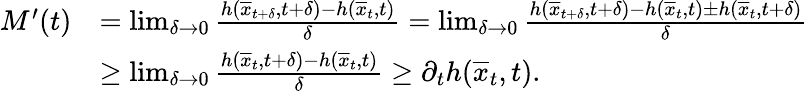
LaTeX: \begin{array}{rl}{M^{\prime}(t)}&{=\operatorname*{lim}_{\delta\rightarrow 0}\frac{h(\overline{{x}}_{t+\delta},t+\delta)-h(\overline{{x}}_{t},t)}{\delta}=\operatorname*{lim}_{\delta\rightarrow 0}\frac{h(\overline{{x}}_{t+\delta},t+\delta)-h(\overline{{x}}_{t},t)\pm h(\overline{{x}}_{t},t+\delta)}{\delta}}\\ &{\geq\operatorname*{lim}_{\delta\rightarrow 0}\frac{h(\overline{{x}}_{t},t+\delta)-h(\overline{{x}}_{t},t)}{\delta}\geq\partial_{t}h(\overline{{x}}_{t},t).}\end{array}